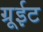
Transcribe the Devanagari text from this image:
ग्रूईट